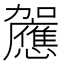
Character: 𰅚